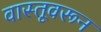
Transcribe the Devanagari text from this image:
वास्तूवरून